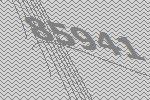
85941